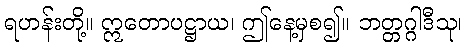
ရဟန်းတို့။ ဣတောပဋ္ဌာယ၊ ဤနေ့မှစ၍။ ဘတ္တဂ္ဂါဒီသု၊